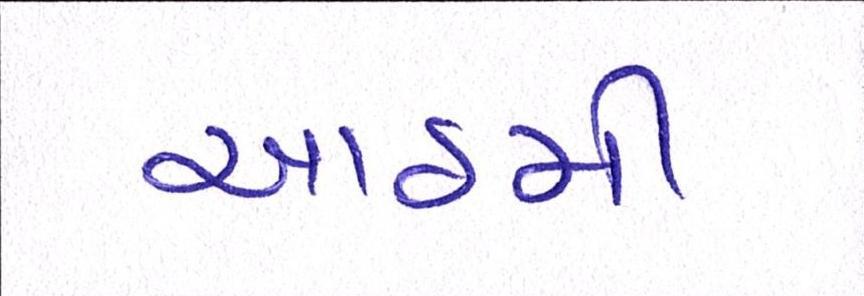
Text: આઠમી